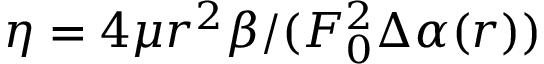
\eta = 4 \mu r ^ { 2 } \beta / ( F _ { 0 } ^ { 2 } \Delta \alpha ( r ) )